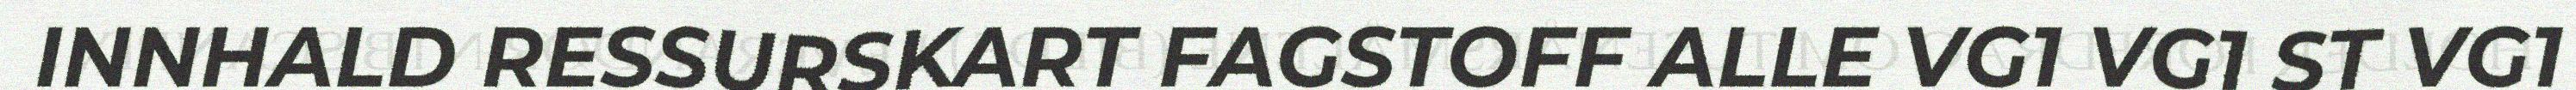
INNHALD RESSURSKART FAGSTOFF ALLE VG1 VG1 ST VG1